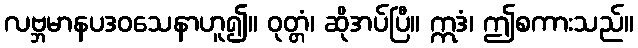
လဗ္ဘမာနပဒဝသေနာဟူ၍။ ဝုတ္တံ၊ ဆိုအပ်ပြီ။ ဣဒံ၊ ဤစကားသည်။